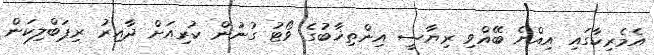
އެމެރިކާގައި އިއްޔެ ބޭއްވި ރިޔާސީ އިންތިޚާބުގެ ވޯޓު ގުނުން ކުރިއަށް ދާއިރު ރިޕަބްލިކަން